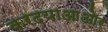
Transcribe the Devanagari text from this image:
करदयाआओर